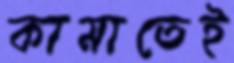
কামাতেই